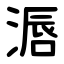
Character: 滣